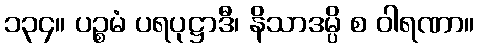
၁၃၄။ ပဉ္စမံ ပရပုဋ္ဌာဒီ၊ နိသာဒမ္ပိ စ ဝါရဏာ။